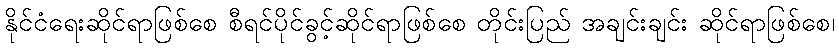
နိုင်ငံရေးဆိုင်ရာဖြစ်စေ စီရင်ပိုင်ခွင့်ဆိုင်ရာဖြစ်စေ တိုင်းပြည် အချင်းချင်း ဆိုင်ရာဖြစ်စေ၊